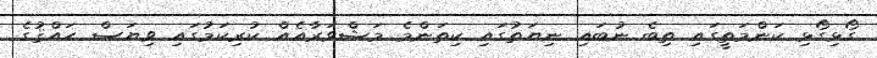
ގޯޅިގޯޅި ކަންމަތީގައި ތިބެ ނުބައި ނިޔަތުގައި ކިތަންމެ މަޝްވަރާއެއް ކުރިކަމުގައި ވިޔަސް ޙައްޤުގެ